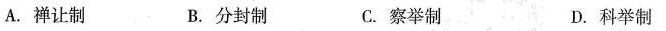
A.禅让制 B.分封制 C.察举制 D.科举制